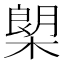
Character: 㮾